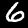
Digit: 6